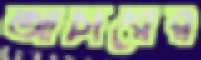
আর্চারের